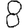
Digit: 8